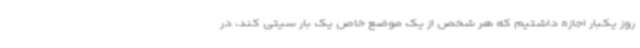
روز یکبار اجازه داشتیم که هر شخص از یک موضع خاص یک بار سیتی کند، در